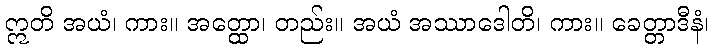
ဣတိ အယံ၊ ကား။ အတ္ထော၊ တည်း။ အယံ အဿာဒေါတိ၊ ကား။ ခေတ္တာဒီနံ၊